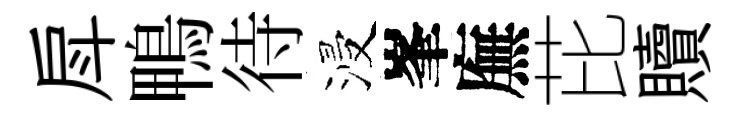
戽鴨待浸峯廡芘贖